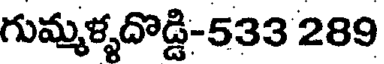
గుమ్మళ్ళదొడ్డి-533 289